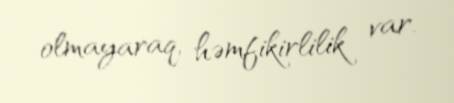
olmayaraq, həmfikirlilik var.